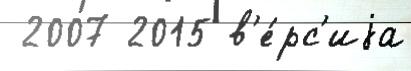
 2007 2015 в'е́рс'иjа